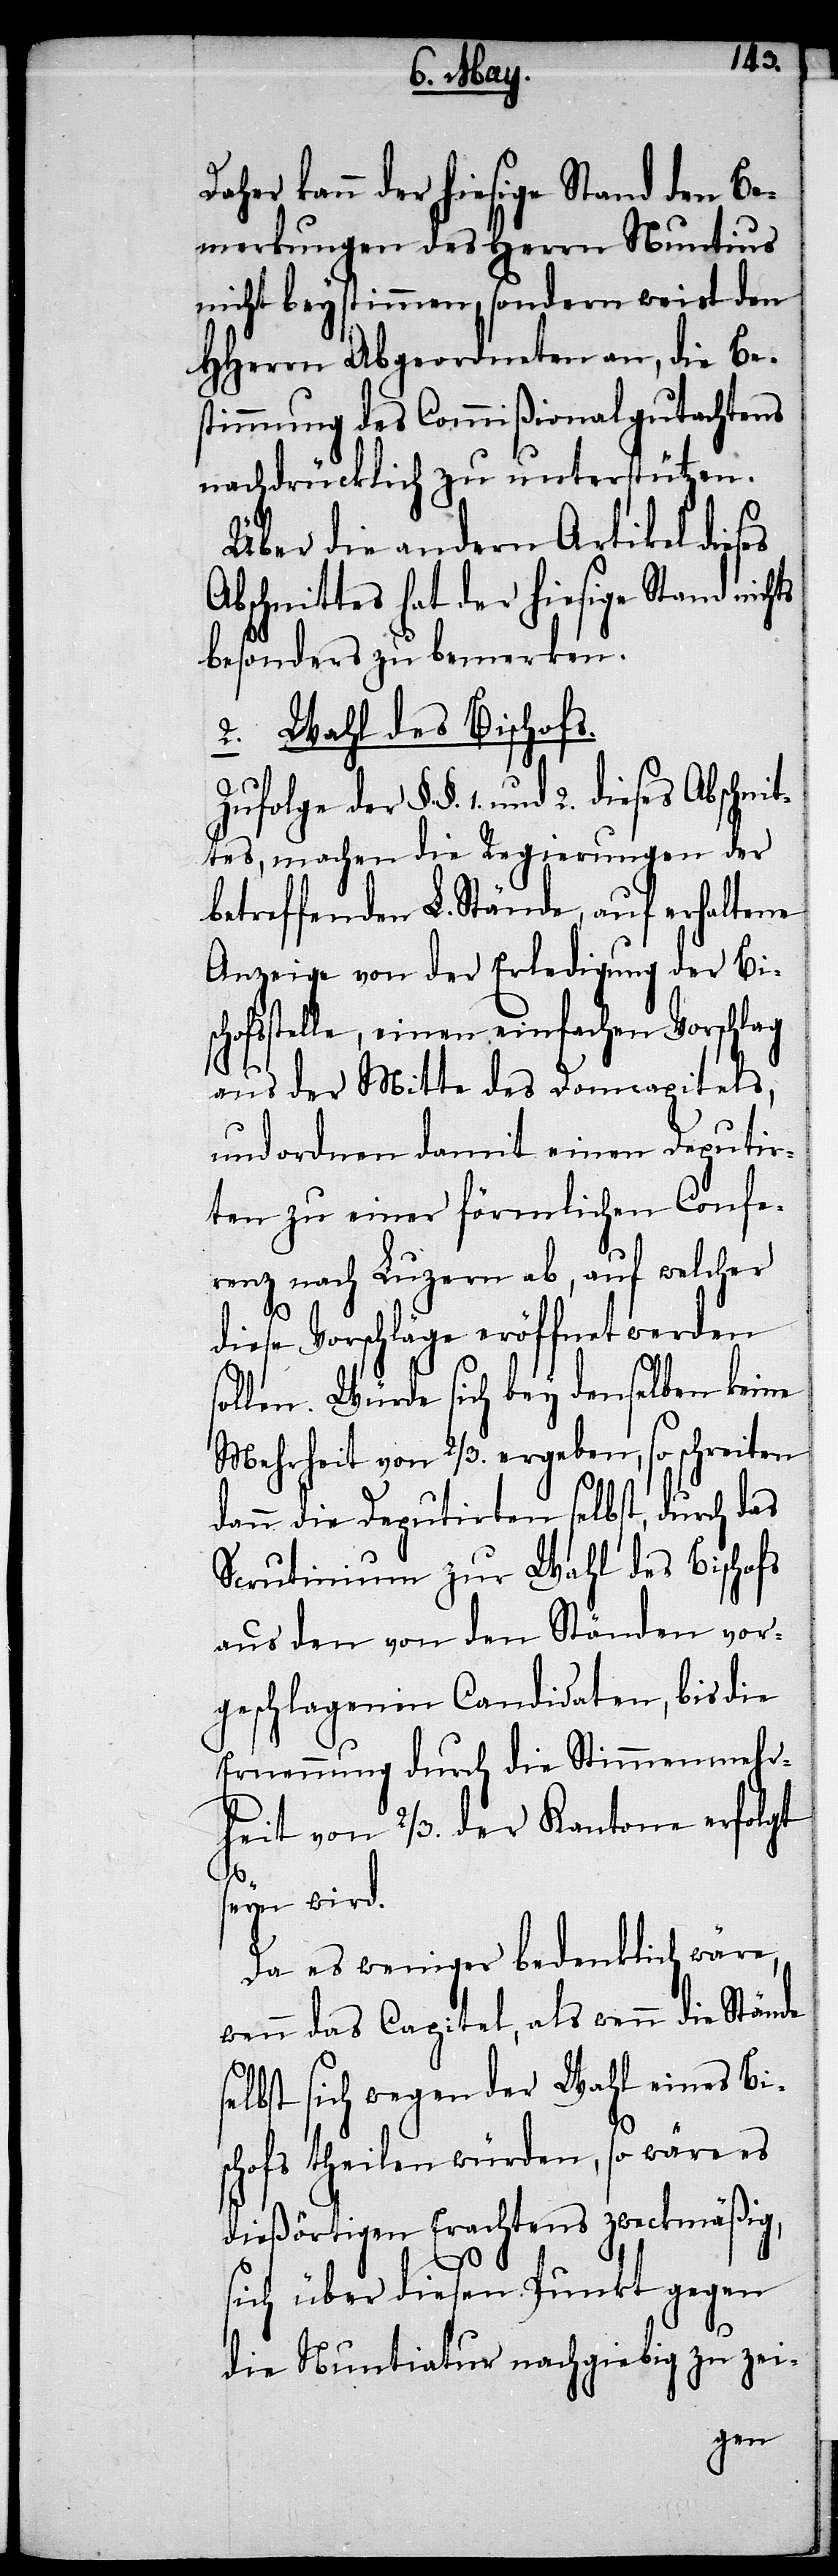
Daher kann der hiesige Stand den Be¬
merkungen des Herrn Nuntius
nicht beystimmen, sondern weist den
HHerrn Abgeordneten an, die Be¬
stimmung des Commißionalgutachtens
nachdrücklich zu unterstützen.
Über die andern Artikel dies¬
Abschnittes hat der hiesige Stand nichts
besonders zu bemerken.
2. Wahl des Bischofs.
ttes, machen die Regierungen der
betreffenden L. Stände, auf erhaltene
Anzeige von der Erledigung der Bi¬
schofstelle, einen einfachen Vorschlag
aus der Mitte des Domcapitels,
und ordnen damit einen Deputir¬
ten zu einer förmlichen Confe¬
renz nach Luzern ab, auf welcher
Abschni¬
diese Vorschläge eröffnet werden
sollen. Würde sich bey denselben keine
Mehrheit von 2/3. ergeben, so schreiten
dann die Deputirten selbst, durch das
Scrutinium zur Wahl des Bischofs
aus den von den Ständen vor¬
geschlagenen Candidaten, bis die
Ernennung durch die Stimmenmehr¬
heit von 2/3. der Kantone erfolgt
seyn wird.
Da es weniger bedenklich wäre,
wenn das Capitel, als wenn die Stände
selbst sich wegen der Wahl eines Bi¬
schofs theilen würden, so wäre es
dießörtigen Erachtens zweckmäßig,
sich über diesen Punkt gegen
die Nuntiatur nachgiebig zu zei-